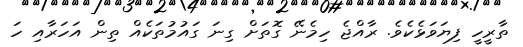
ތާރީހީ ފިޔަވަޅެކެވެ. ރާއްޖެ ހިމެނޭ ގޮތަށް ގިނަ ގައުމުތަކެއް ތިން އަހަރާއި ހަ